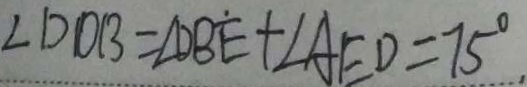
\angle D O B = \angle D B \dot { E } + \angle A E D = 7 5 ^ { \circ } ,